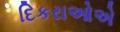
દિકરાઓએ